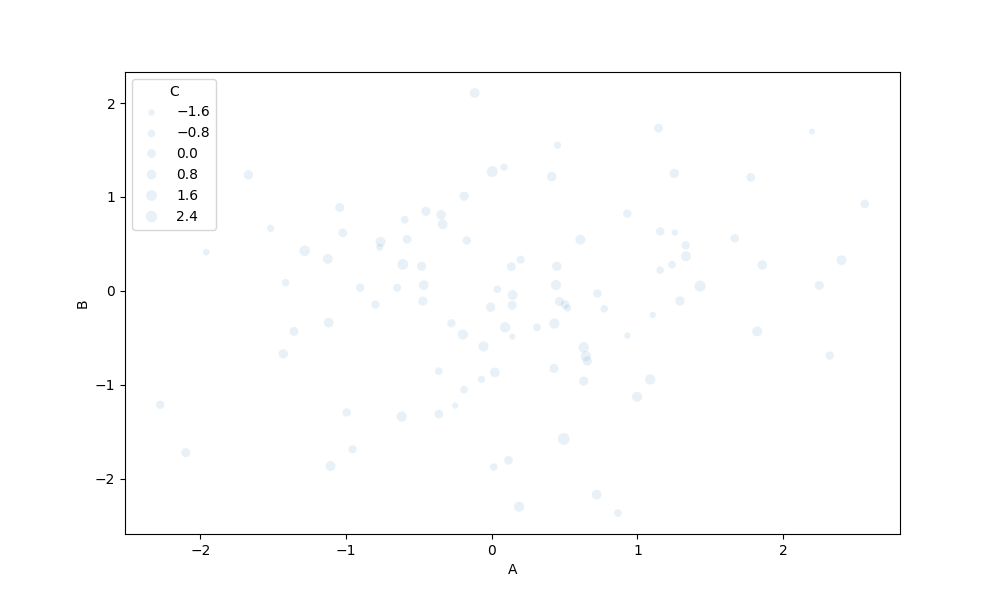
python, seaborn, scatterplot, hue='None', style='None', size='C', palette='muted', alpha=0.1